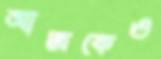
আজকেও